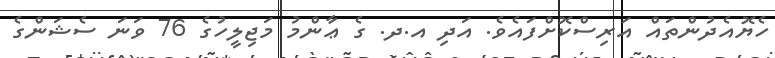
ހެޔޮއެދުންތައް އަރިސްކޮށްފައެވެ. އަދި އ.ދ. ގެ ޢާންމު މަޖިލީހުގެ 76 ވަނަ ސެޝަންގެ